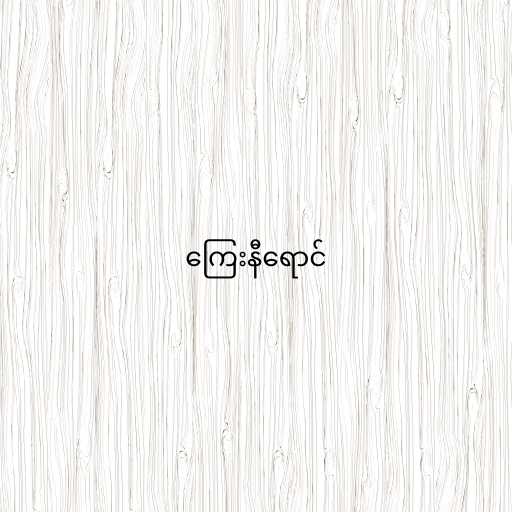
ကြေးနီရောင်